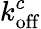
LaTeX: k_{\mathrm{off}}^{c}